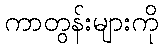
ကာတွန်းများကို